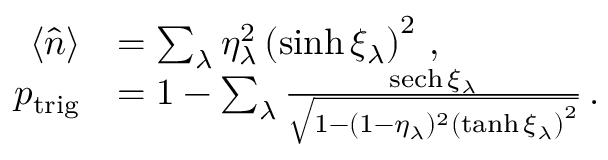
\begin{array} { r l } { \langle \hat { n } \rangle } & { = \sum _ { \lambda } \eta _ { \lambda } ^ { 2 } \left( \sinh \xi _ { \lambda } \right) ^ { 2 } \, , } \\ { p _ { \mathrm { t r i g } } } & { = 1 - \sum _ { \lambda } \frac { \mathrm { s e c h } \, \xi _ { \lambda } } { \sqrt { 1 - ( 1 - \eta _ { \lambda } ) ^ { 2 } \left( \operatorname { t a n h } \xi _ { \lambda } \right) ^ { 2 } } } \, . } \end{array}